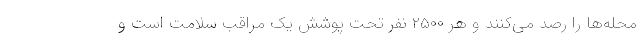
محله‌ها را رصد می‌کنند و هر ۲۵۰۰ نفر تحت پوشش یک مراقب سلامت است و